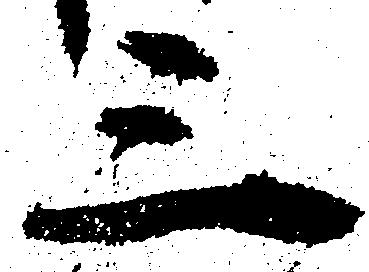
三